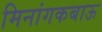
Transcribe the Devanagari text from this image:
मिनांगकबाऊ